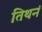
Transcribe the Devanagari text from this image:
तिथनं